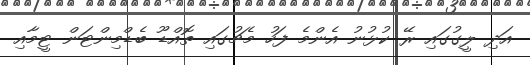
އަދި ލީގުގައި ރޭ ކުޅުނު އެންމެ ފަހު މެޗުގައި ތޮއްޑޫ ބެޑްމިންޓަން ޓީމާއި